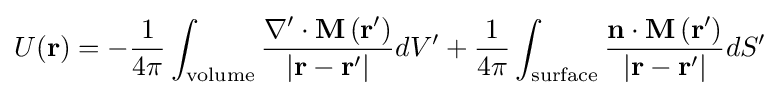
U(\mathbf {r} )=-{\frac {1}{4\pi }}\int _{\text{volume}}{\frac {\nabla '\cdot \mathbf {M\left(r'\right)} }{|\mathbf {r} -\mathbf {r} '|}}dV'+{\frac {1}{4\pi }}\int _{\text{surface}}{\frac {\mathbf {n} \cdot \mathbf {M\left(r'\right)} }{|\mathbf {r} -\mathbf {r} '|}}dS'